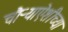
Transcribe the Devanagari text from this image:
चौऱ्याऐंशीच्या